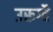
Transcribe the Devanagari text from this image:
उरूग्वै